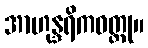
အာဟုန္ဒရိကဝတ္ထု။